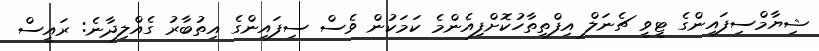
ޝިޔާމްސިފައިންގެ ޓީވީ ޗެނަލް އިފްތިތާހުކޮށްފިއެންމެ ކަމަކުން ވެސް ސިފައިންގެ އިތުބާރު ގެއްލިދާނެ: ރައީސް